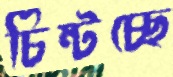
চিম্‌টচ্ছে